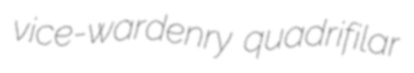
vice-wardenry quadrifilar